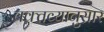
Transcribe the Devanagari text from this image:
वक़्तव्यानुसार